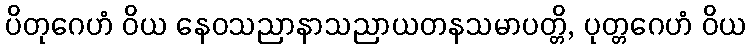
ပိတုဂေဟံ ဝိယ နေဝသညာနာသညာယတနသမာပတ္တိ, ပုတ္တဂေဟံ ဝိယ